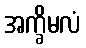
အက္ခိမလံ